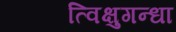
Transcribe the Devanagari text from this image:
त्विक्षुगन्धा